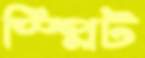
স্প্লিট